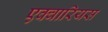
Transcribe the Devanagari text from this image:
एक्वारियस